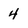
Character: 4